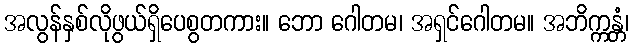
အလွန်နှစ်လိုဖွယ်ရှိပေစွတကား။ ဘော ဂေါတမ၊ အရှင်ဂေါတမ။ အဘိက္ကန္တံ၊